Civil Veterinary Dept. Bombay admin report 1923-31 - 1923-1931
Year: 1923
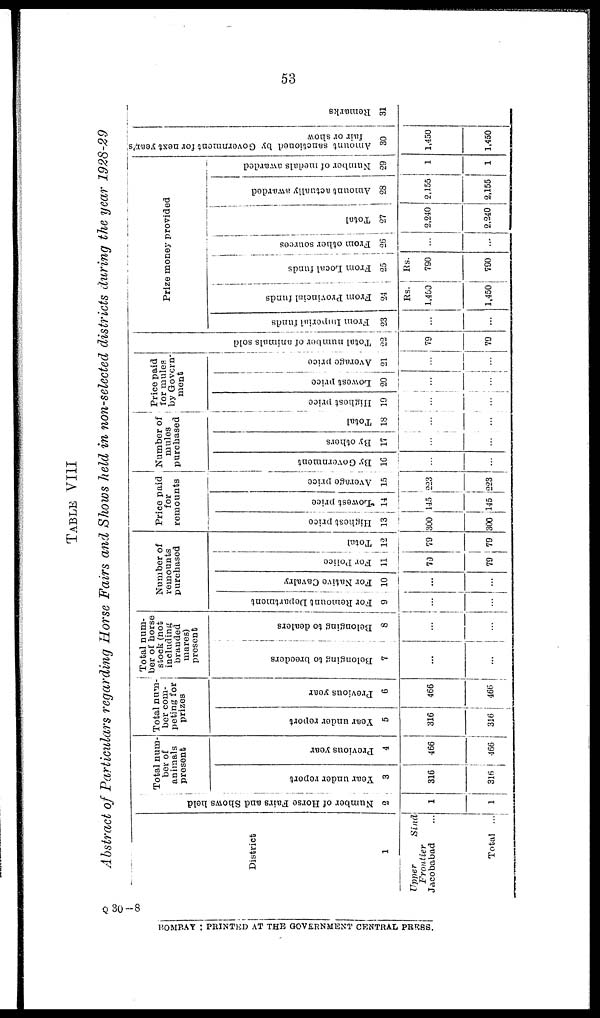
53
TABLE VIII
Abstract of Particulars regarding Horse Fairs and Shows held in non-selected districts during the year 1928-29
District
1
Upper
Sind
Frontier
Jacobabad ...
Total ...
Number of Horse Fairs and Shows held
2
1
1
Total num-
ber of
animals
present
Year under report
3
316
316
Previous year
4
466
466
Total num-
ber com-
peting for
prizes
Year under report
5
316
316
Previous year
6
466
466
Total nam-
ber of horse
stock (not
including
branded
mares)
present
Bolonging to breeders
7
...
...
Belonging to dealers
8
...
...
Number of
remounts
purchased
For Remount Department
9
...
...
For Native Cavalry
10
...
...
For Police
11
79
79
Total
12
79
79
Price paid
for
remounts
Highest price
13
300
300
Lowest price
14
145
145
Average price
15
223
223
Number of
mules
purchased
By Government
16
...
...
By others
17
...
...
Total
18
...
...
Price paid
for mules
by Govern-
ment
Highost price
19
...
...
Lowest price
20
...
...
Average price
21
...
...
Tot al number of animals sold
22
79
79
Prize money provided
From Imperial funds
23
...
...
From Provincial funds
24
Rs.
1,450
1,450
From Local funds
25
Rs.
790
790
From other sources
26
...
...
Total
27
2,240
2,240
Amount actually awardod
28
2,155
2,155
Number of medals awarded
29
1
1
Amount sanctioned by Government for next year's
fair or show
30
1,450
1,450
Re ma r
k s
31
Q 30-8
BOMBAY : PRINTED AT THE GOVERNMENT CENTRAL PRESS.